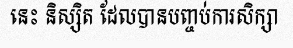
នេះ និស្សិត ដែលបានបញ្ចប់ការសិក្សា